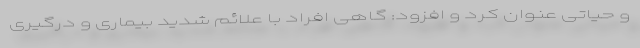
و حیاتی عنوان کرد و افزود: گاهی افراد با علائم شدید بیماری و درگیری